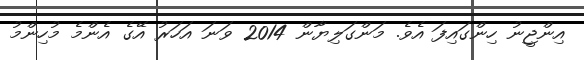
އިންޖީނު ހިންގައިފަ އެވެ. މަންގަލިޔާން 2014 ވަނަ އަހަރު އޭގެ އެންމެ މުހިންމު